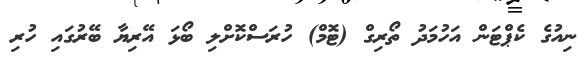
ނިއުގެ ކެޕްޓަން އަހުމަދު ތޯރިގް (ޓޮމް) ހުރަސްކޮށްލި ބޯޅަ އޭރިޔާ ބޭރުގައި ހުރި